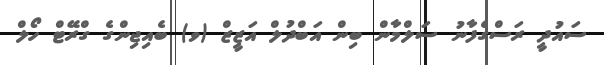
ސައުދީ ރަސްގެފާނު ސަލްމާން ބިން އަބްދުލް އަޒީޒް (ވ) ބެއިޖިންގެ ގްރޭޓް ހޯލް